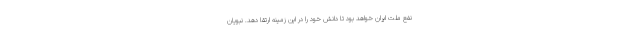
نفع ملت ایران خواهد بود تا دانش خود را در این زمینه ارتقا دهد. نبویان